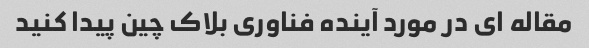
مقاله ای در مورد آینده فناوری بلاک چین پیدا کنید